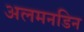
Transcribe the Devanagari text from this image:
अलमनडिन